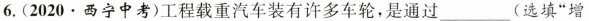
6.(2020 · 西宁中考)工程载重汽车装有许多车轮，是通过___ (选填”增